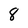
Character: 8